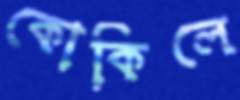
কোকিলে